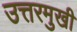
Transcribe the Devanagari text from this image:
उत्तरमुखी